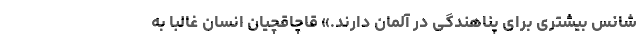
شانس بیشتری برای پناهندگی در آلمان دارند.» قاچاقچیان انسان غالبا به